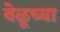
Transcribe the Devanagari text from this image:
वेळूच्या